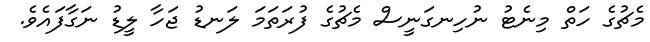
މެޗުގެ ހަތް މިނެޓު ނުހިނގަނީސް މެޗުގެ ފުރަތަމަ ލަނޑު ޖަހާ ލީޑު ނަގާފައެވެ.